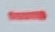
Text: -